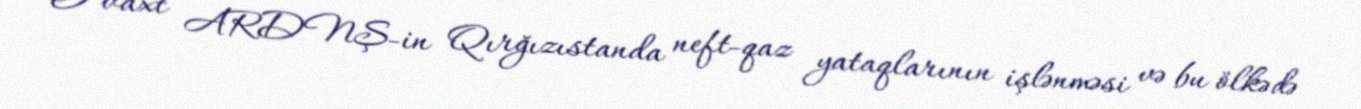
O vaxt ARDNŞ-in Qırğızıstanda neft-qaz yataqlarının işlənməsi və bu ölkədə